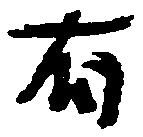
有